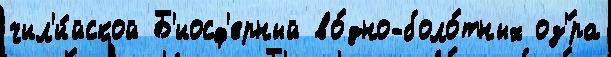
чил'и́йской Б'иосф'ерный во́дно-боло́тных оз'́ра